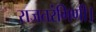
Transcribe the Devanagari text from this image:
राजतरंगिणी।